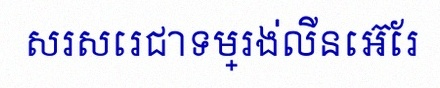
សរសេរជាទម្រង់លីនេអ៊ែរ